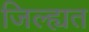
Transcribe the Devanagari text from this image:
जिल्ह्यत